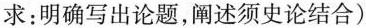
求：明确写出论题，阐述须史论结合)